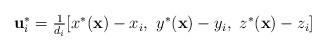
LaTeX: \begin{align*} \left. \begin{array}{l l} \textbf{u}^*_i=\frac{1}{d_i}[x^*(\textbf{x})-x_i, \ y^*(\textbf{x})-y_i, \ z^*(\textbf{x})-z_i ] \\ \end{array} \right. \end{align*}